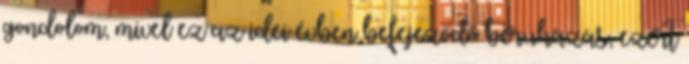
gondolom, mivel ez az idei évben befejeződő beruházás, ezért